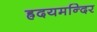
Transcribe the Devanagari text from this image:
ह्रदयमन्दिर